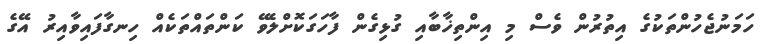
ހަމަނުޖެހުންތަކުގެ އިތުރުން ވެސް މި އިންތިޚާބާއި ގުޅިގެން ފާހަގަކޮށްލެވޭ ކަންތައްތަކެއް ހިނގާފައިވާއިރު އޭގެ